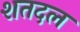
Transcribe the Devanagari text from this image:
शतदल